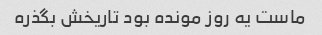
ماست یه روز مونده بود تاریخش بگذره